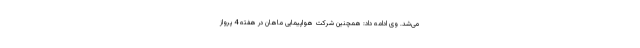
می‌شد. وی ادامه داد: همچنین شرکت هواپیمایی ماهان در هفته 4 پرواز